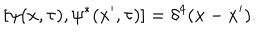
LaTeX: [ \psi ( x , \tau ) , \psi ^ { * } ( x ^ { \prime } , \tau ) ] = \delta ^ { 4 } ( x - x ^ { \prime } ) .